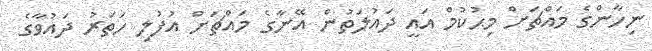
ނިހާންގެ މައްޗަށް މިޙުކުމް އައީ ދައުލަތުން އޭނާގެ މައްޗަށް އުފުލި ހަތަރު ދައުވާގެ